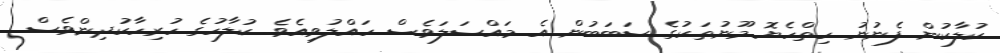
ކުލާކުން ފެނުނު ހިތްހެޔޮ މޫނުތަކުގެ ސަބަބުން އެ މައްސަލަވެސް ހައްލުވިއެވެ. ކުލާހުގެ ހުރިހާކުދިންވެސް